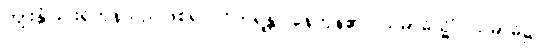
ကျိုးနွံခြင်းရှိကုန်သည်ဖြစ်၍။ ဝိဟရန္တိ၊ နေကုန်၏။ သမာဓိသ္မိံ၊ သမာဓိ၌။